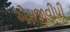
એસજીવીપી